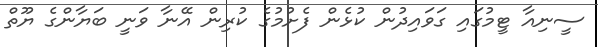
ސީނިއާ ޓީމުގައި ގަވައިދުން ކުޅެން ފެށުމުގެ ކުރިން އޭނާ ވަނީ ބަޔާންގެ ޔޫތް